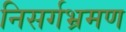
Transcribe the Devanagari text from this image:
निसर्गभ्रमण